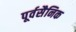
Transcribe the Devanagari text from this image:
पूर्वसैनिक